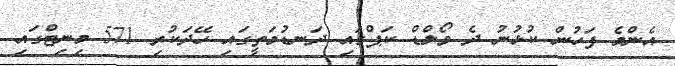
އެންމެ ފަހުން ކުޅުނު ދެ ވޯލްޑް ކަޕްގައި ދަނޑުމަތީގައި ހޭދަކުރި 571 މިނިޓްގައި